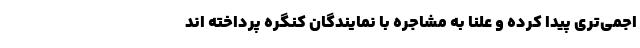
اجمی‌تری پیدا کرده و علنا به مشاجره با نمایندگان کنگره پرداخته اند